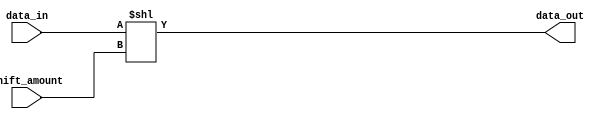
module barrel_shifter (
    input [7:0] data_in,
    input [2:0] shift_amount,
    output reg [7:0] data_out
);

reg [7:0] temp_data;

always @* begin
    // Perform the shifting operation using arithmetic operations
    temp_data = data_in << shift_amount;
    data_out = temp_data;
end

endmodule